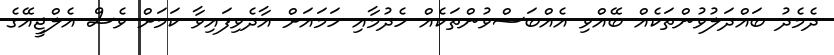
ދެމެދު ބައްދަލުވުންތަކެއް ބޭއްވި އެއްބަސްވުންތަކެއް ހެދުމާއި ހަމައަށް އާދެވިފައިވާ ކަމަށް ވެސް އެލްޖީއޭގެ